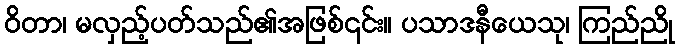
ဝိတာ၊ မလှည့်ပတ်သည်၏အဖြစ်၎င်း။ ပသာဒနီယေသု၊ ကြည်ညို